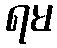
ရမ